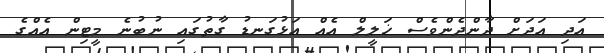
އަދި އަދަށް ދާންދެންވެސް ޚަލީލް އެއް އަޅުގަނޑު ގާތުގައި ނުބުނެ މީޓިން އެއްގެ